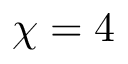
\chi = 4